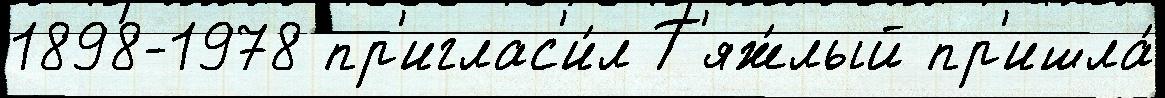
1898-1978 пр'иглас'и́л Т'яж́лый пр'ишла́